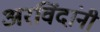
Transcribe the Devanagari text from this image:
अरविंदांनी